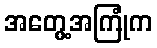
အတွေ့အကြုံက